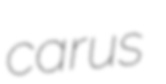
carus